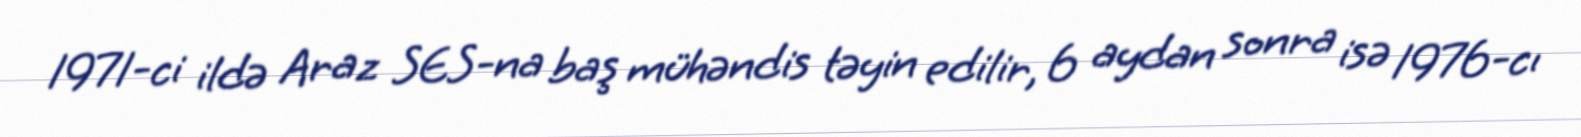
1971-ci ildə Araz SES-na baş mühəndis təyin edilir, 6 aydan sonra isə 1976-cı